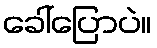
ခေါ်ပြောပဲ။